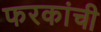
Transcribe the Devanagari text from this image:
फरकांची